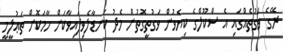
ރޭގެ ވަގުތެއްގައި އެ ސްކޫލްގެ ކިޔެވުން ވަގުތީގޮތުން މެދު ކަނޑާލެވިފައިވާކަން ހާމަކޮށް ތަޢުލީމީ